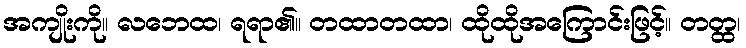
အကျိုးကို။ လဘေထ၊ ရရာ၏။ တထာတထာ၊ ထိုထိုအကြောင်းဖြင့်။ တတ္ထ၊